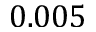
0 . 0 0 5